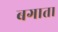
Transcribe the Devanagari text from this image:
बगाता